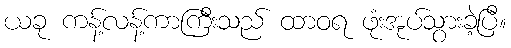
ယခု ကန့်လန့်ကာကြီးသည် ထာဝရ ဖုံးအုပ်သွားခဲ့ပြီ။